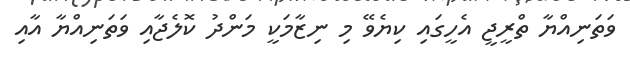
ވަތަނިއްޔާ ތްރީޖީ އެހީގައި ކިޔެވޭ މި ނިޒާމަކީ މަންދު ކޮލެޖާއި ވަތަނިއްޔާ އާއި